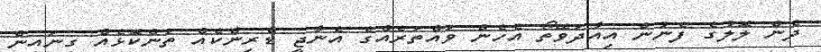
ދެން ލޮލުގެ ފެނުން އިއާދަވޭތޯ އެހެން ވައްތަރެއްގެ އެނާޖީ ޑްރިންކެއް ތަންކޮޅެއް ގިނައިން